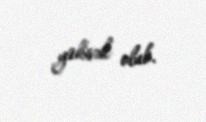
yüksək olub.